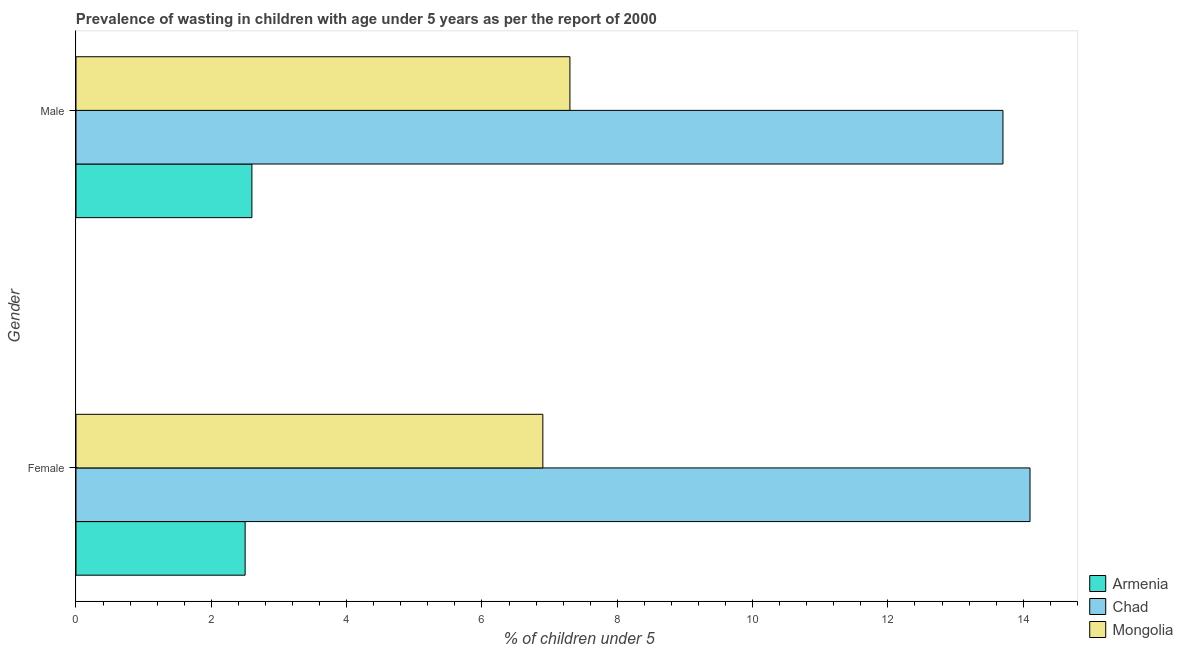
| Gender | Armenia | Chad | Mongolia |
 | --- | --- | --- | --- |
 | Female | 2.5 | 14.1 | 6.9 |
 | Male | 2.6 | 13.7 | 7.3 |